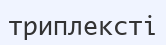
триплексті